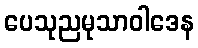
ပေသုညမုသာဝါဒေန